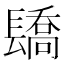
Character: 𨲭